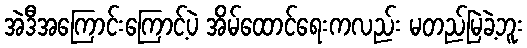
အဲဒီအကြောင်းကြောင့်ပဲ အိမ်ထောင်ရေးကလည်း မတည်မြဲခဲ့ဘူး